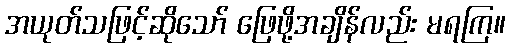
အယုတ်သဖြင့်ဆိုသော် ဖြေဖို့အချိန်လည်း မရကြ။